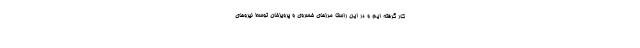
کار گرفته ایم و در این راستا مرزهای خسروی و پرویزخان توسط نیروهای